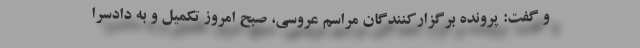
و گفت: پرونده برگزارکنندگان مراسم عروسی، صبح امروز تکمیل و به دادسرا